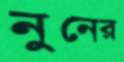
নুনের